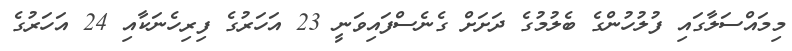
މިމައްސަލާގައި ފުލުހުންގެ ބެލުމުގެ ދަށަށް ގެނެސްފައިވަނީ 23 އަހަރުގެ ފިރިހެނަކާއި 24 އަހަރުގެ